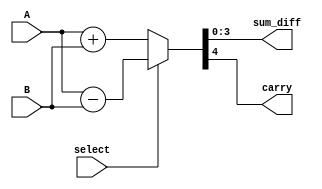
module AdderSub (sum_diff, carry, A, B, select);

	output[3:0] 	sum_diff;
	output 		carry;
	input[3:0] 	A, B;
	input 		select;
	assign 	{carry, sum_diff} = select ? (A-B) : (A+B);

endmodule